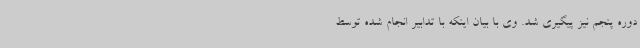
دوره پنجم نیز پیگیری شد. وی با بیان اینکه با تدابیر انجام شده توسط